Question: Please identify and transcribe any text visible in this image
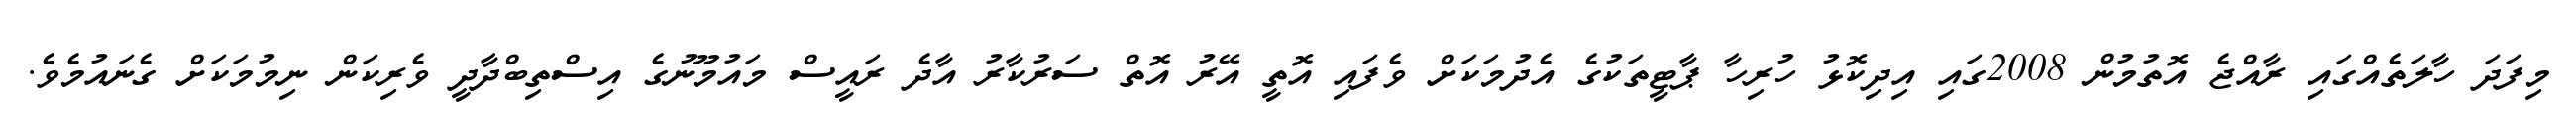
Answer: މިފަދަ ހާލަތެއްގައި ރާއްޖެ އޮތުމުން 2008ގައި އިދިކޮޅު ހުރިހާ ޕާޓީތަކުގެ އެދުމަކަށް ވެފައި އޮތީ އޭރު އޮތް ސަރުކާރު އާދެ ރައީސް މައުމޫނުގެ އިސްތިބްދާދީ ވެރިކަން ނިމުމަކަށް ގެނައުމެވެ.